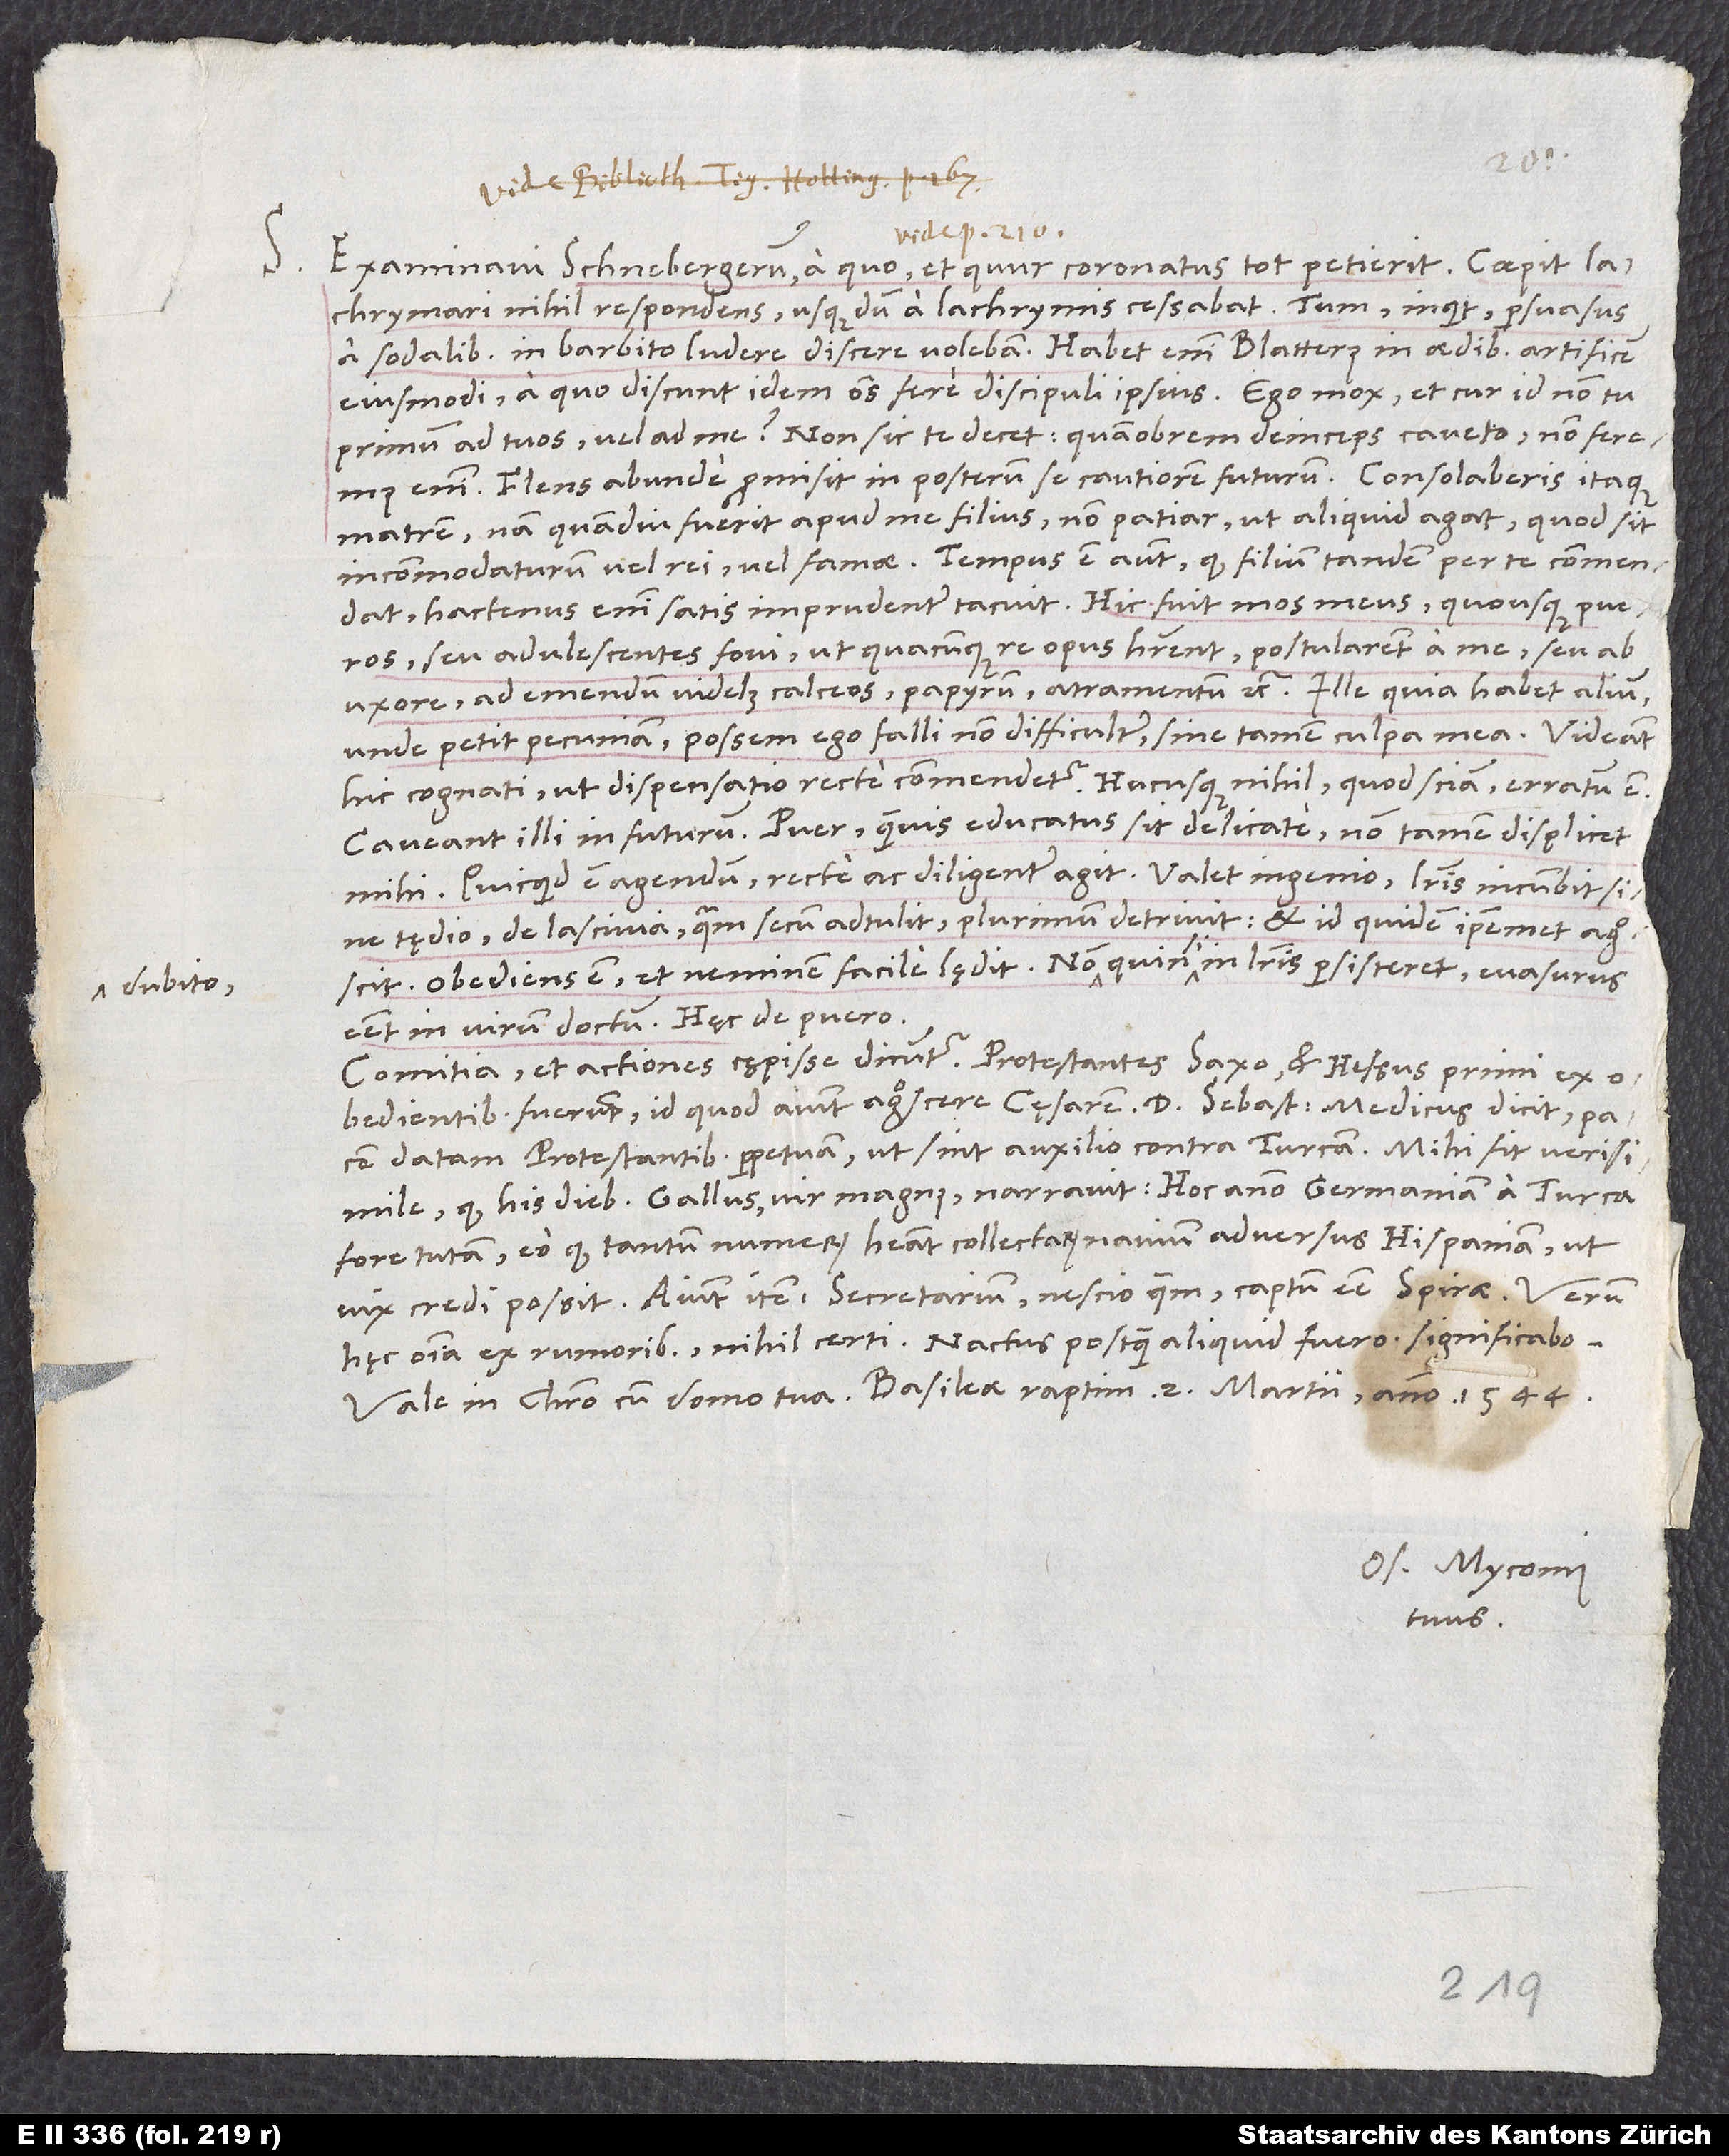
S.

Examinavi Schnebergerum, a quo et quur coronatus tot petierit. Coepit
lachrymari nihil respondens, usque dum a lachrymis cessabat. Tum inquit: „Persuasus
a sodalibus in barbito ludere discere volebam.“ Habet enim Blatterus in aedibus artificem
eiusmodi, a quo discunt idem omnes fere discipuli ipsius. Ego mox: „Et cur id non tu
primum ad tuos vel ad me? Non sic te decet. Quamobrem deinceps caveto; non feremus
enim.“ Flens abunde promisit in posterum se cautiorem futurum. Consolaberis itaque
matrem; nam quamdiu fuerit apud me filius, non patiar, ut aliquid agat, quod sit
incommodaturum vel rei vel famae. Tempus est autem, quod filium tandem per te commendat;
hactenus enim satis imprudenter tacuit. Hic fuit mos meus, quousque pueros
seu adulescentes fovi, ut, quacunque re opus haberent, postularent a me seu ab
uxore, ad emendum videlicet calceos, papyrum, atramentum etc. Ille quia habet alium,
unde petit pecuniam, possem ego falli non difficulter sine tamen culpa mea. Videant
hic cognati, ut dispensatio recte commendetur. Hucusque nihil, quod sciam, erratum est.
Caveant illi in futurum. Puer quamvis educatus sit delicate, non tamen displicet
mihi. Quicquid est agendum, recte ac diligenter agit. Valet ingenio, literis incumbit sine
tędio, de lascivia, quam secum adtulit, plurimum detrivit et id quidem ipsemet agnoscit.
Obediens est et neminem facile lędit. Non dubito, quin, si in literis persisteret, evasurus
esset in virum doctum. Hęc de puero.
Comitia et actiones cępisse dicuntur. Protestantes, Saxo et Hessus primi ex
obedientibus fuerunt, id quod aiunt agnoscere cęsarem. D. Sebastianus medicus dicit pacem
datam protestantibus perpetuam, ut sint auxilio contra Turcam. Mihi fit verisimile,
quod his diebus Gallus, vir magnus, narravit: hoc anno Germaniam a Turca
fore tutam, eo quod tantum numerum habeat collectarum navium adversus Hispaniam, ut
vix credi possit. Aiunt item secretarium nescio quem captum esse Spirae. Verum
hęc omnia ex rumoribus, nihil certi. Nactus postquam aliquid fuero, significabo.
Os. Myconius
tuus.
1544.